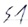
Text: S1